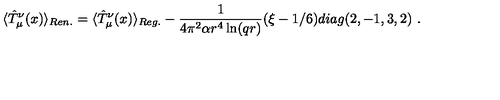
\langle \hat { T } _ { \mu } ^ { \nu } ( x ) \rangle _ { R e n . } = \langle \hat { T } _ { \mu } ^ { \nu } ( x ) \rangle _ { R e g . } - \frac 1 { 4 \pi ^ { 2 } \alpha r ^ { 4 } \ln ( q r ) } ( \xi - 1 / 6 ) d i a g ( 2 , - 1 , 3 , 2 ) \ .